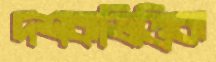
দশকভিত্তিক